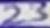
Text: 23